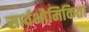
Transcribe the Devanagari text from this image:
सार्वभौमिकिता